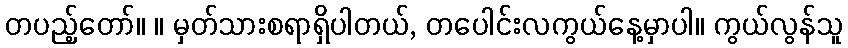
တပည့်တော်။ ။ မှတ်သားစရာရှိပါတယ်, တပေါင်းလကွယ်နေ့မှာပါ။ ကွယ်လွန်သူ